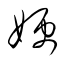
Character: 嫂